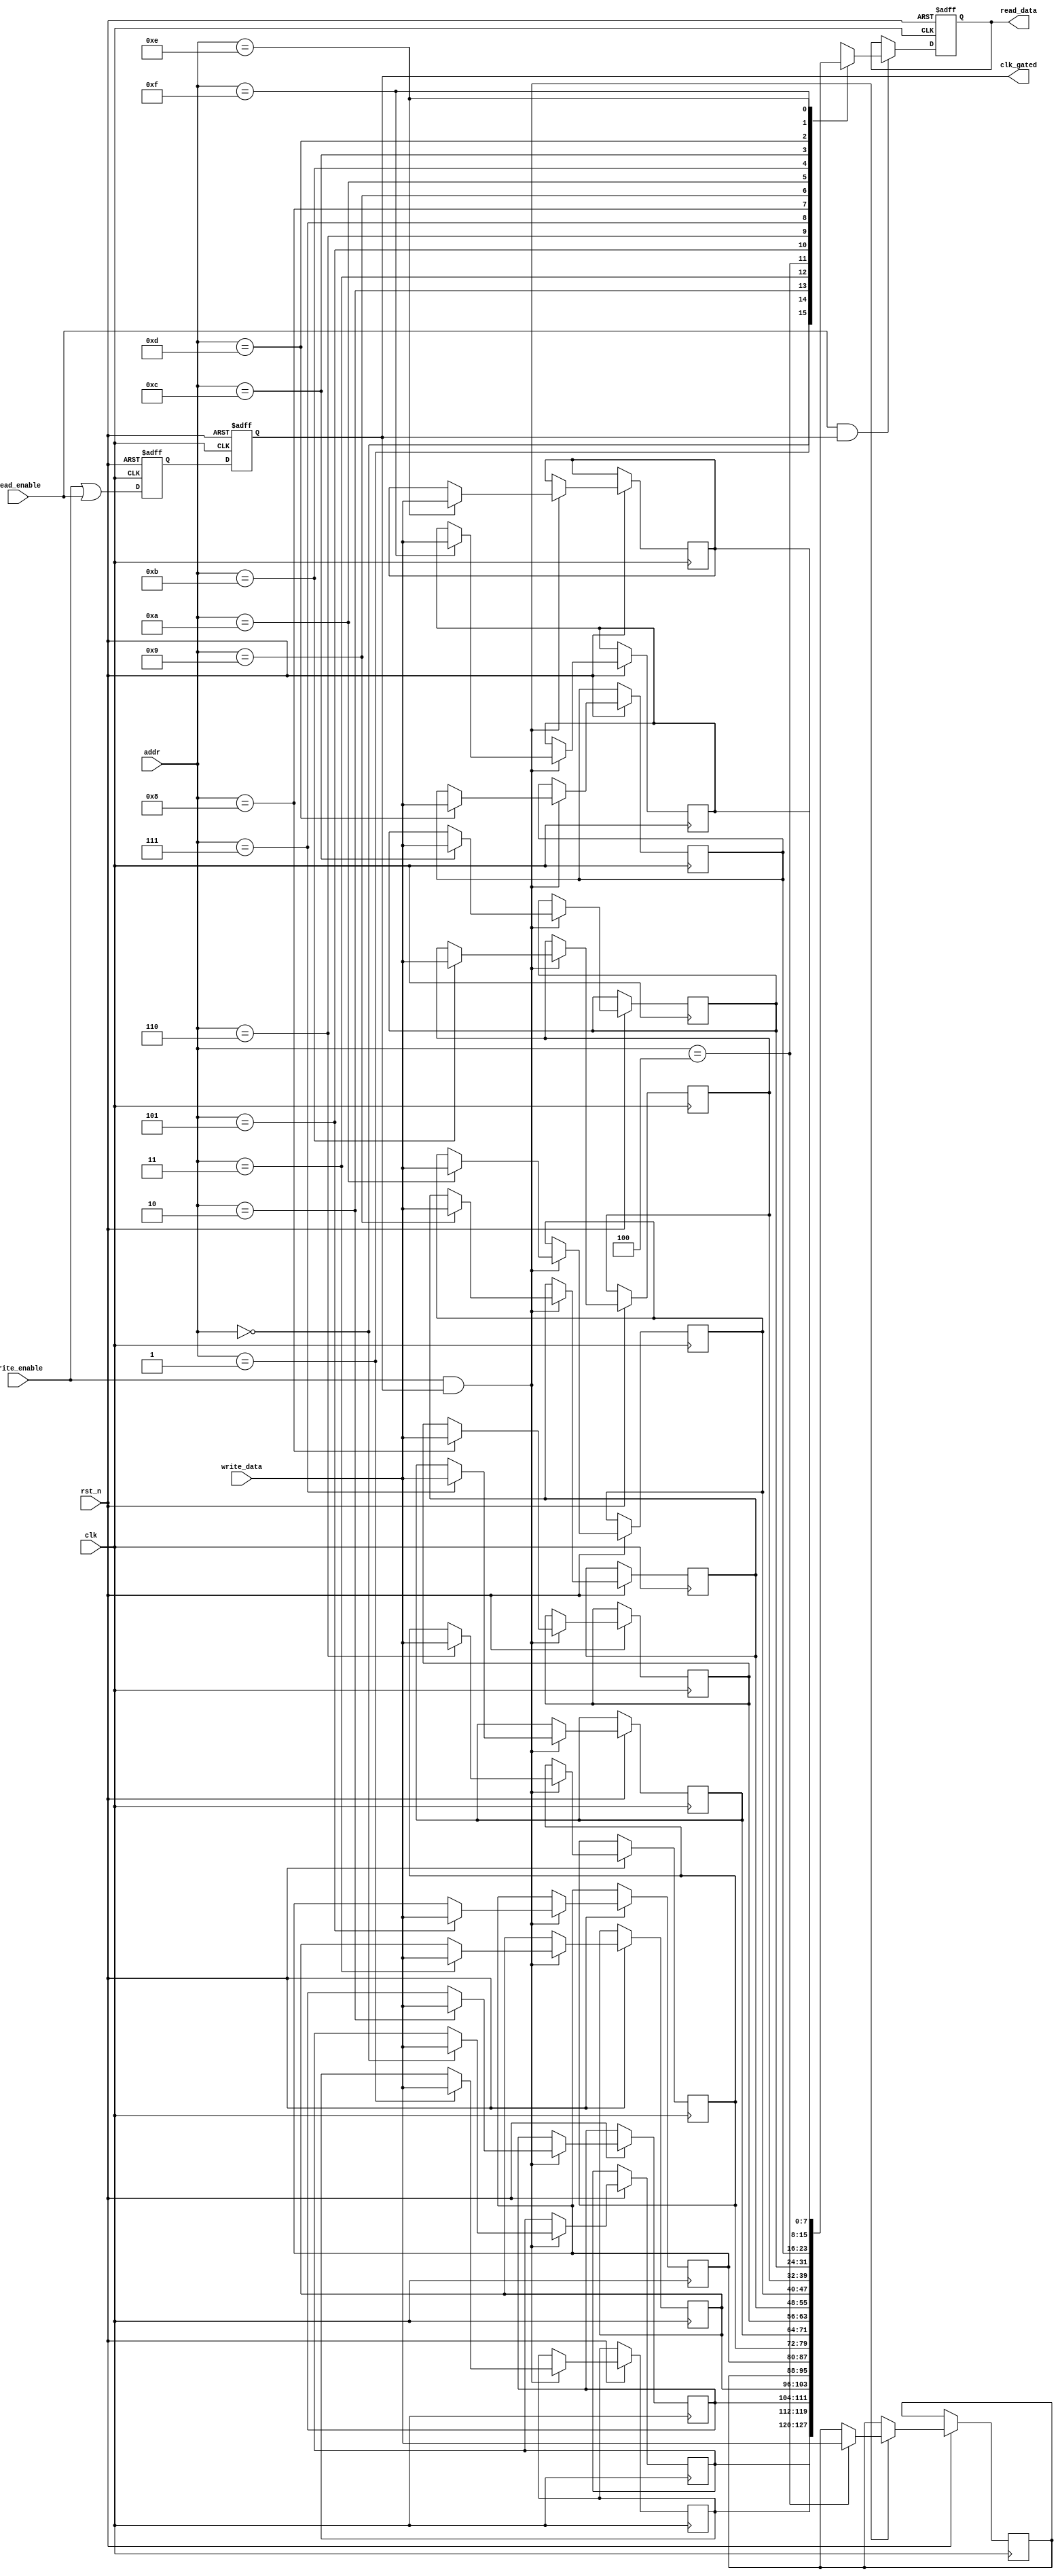
module memory_block #(
    parameter DATA_WIDTH = 8,
    parameter ADDR_WIDTH = 4,
    parameter MEM_DEPTH = 1 << ADDR_WIDTH
)(
    input wire clk,
    input wire rst_n,
    input wire [ADDR_WIDTH-1:0] addr,
    input wire [DATA_WIDTH-1:0] write_data,
    input wire write_enable,
    input wire read_enable,
    output reg [DATA_WIDTH-1:0] read_data,
    output reg clk_gated
);

    // Memory array
    reg [DATA_WIDTH-1:0] mem_array [0:MEM_DEPTH-1];

    // Clock gating logic signals
    wire clk_enable;
    reg clk_gate;

    // Address Decoder (not required for single port memory, just direct access)
    // Note: For larger designs, a dedicated decoder would be necessary.

    // Control logic for clock gating based on read/write requests
    always @(*) begin
        // Active if there is a read or write operation
        clk_enable = write_enable || read_enable;
    end

    // Gating Logic
    always @(posedge clk or negedge rst_n) begin
        if (!rst_n) begin
            clk_gate <= 1'b0;
            clk_gated <= 1'b0;
        end else begin
            clk_gate <= clk_enable; // Update gating condition
            clk_gated <= clk_gate;  // Gated clock output
        end
    end

    // Memory Write Logic
    always @(posedge clk or negedge rst_n) begin
        if (!rst_n) begin
            // Initialize memory or do nothing
        end else if (write_enable && clk_gated) begin
            mem_array[addr] <= write_data; // Write data to memory
        end
    end

    // Memory Read Logic
    always @(posedge clk or negedge rst_n) begin
        if (!rst_n) begin
            read_data <= {DATA_WIDTH{1'b0}}; // Clear read data
        end else if (read_enable && clk_gated) begin
            read_data <= mem_array[addr]; // Read data from memory
        end
    end

endmodule